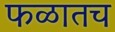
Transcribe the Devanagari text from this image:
फळातच